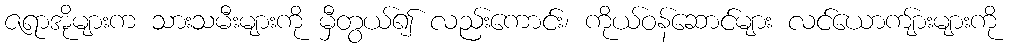
ဇရာအိုများက သားသမီးများကို မှီတွယ်၍ လည်းကောင်း၊ ကိုယ်ဝန်ဆောင်များ လင်ယောကျ်ားများကို